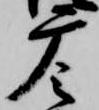
摩